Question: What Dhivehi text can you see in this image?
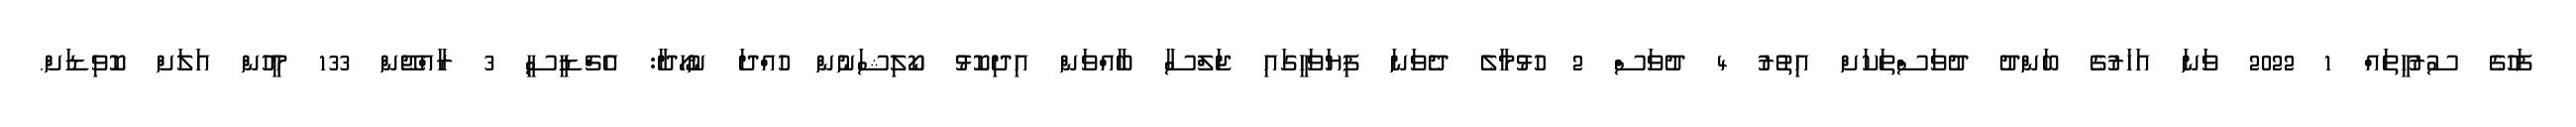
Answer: ފަހުގެ ސުރުހީތައް 1 2022 ވަނަ އަހަރުގެ ބަންދު ދުވަސްތަކަށް އިތުރު 4 ދުވަސް 2 ހުޅުމާލެ ދެވަނަ ފިޔަވަހީގައި ޖަލްސާ ބާއްވަން އިދިކޮޅު ކޯލިޝަނުން ހުއްދަ ނުހޯދާ: އެޗްޑީސީ 3 ރާއްޖޭން 133 މީހުން އަލަށް ކޮވިޑަށް.